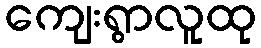
ကျေးရွာလူထု